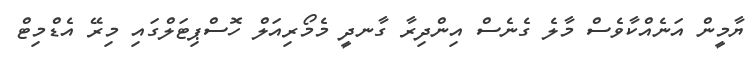
ޔާމީން އަނެއްކާވެސް މާލެ ގެނެސް އިންދިރާ ގާނދީ މެމޯރިއަލް ހޮސްޕިޓަލްގައި މިރޭ އެޑްމިޓް